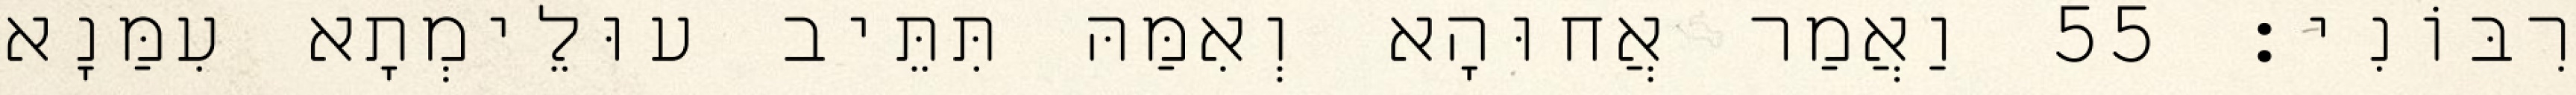
רִבּוֹנִי׃ 55 וַאֲמַר אֲחוּהָא וְאִמַּהּ תִּתֵּיב עוּלֵימְתָא עִמַּנָא